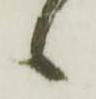
候